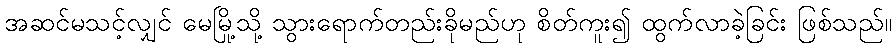
အဆင်မသင့်လျှင် မေမြို့သို့ သွားရောက်တည်းခိုမည်ဟု စိတ်ကူး၍ ထွက်လာခဲ့ခြင်း ဖြစ်သည်။